Laidoner,_Johan, lk 122
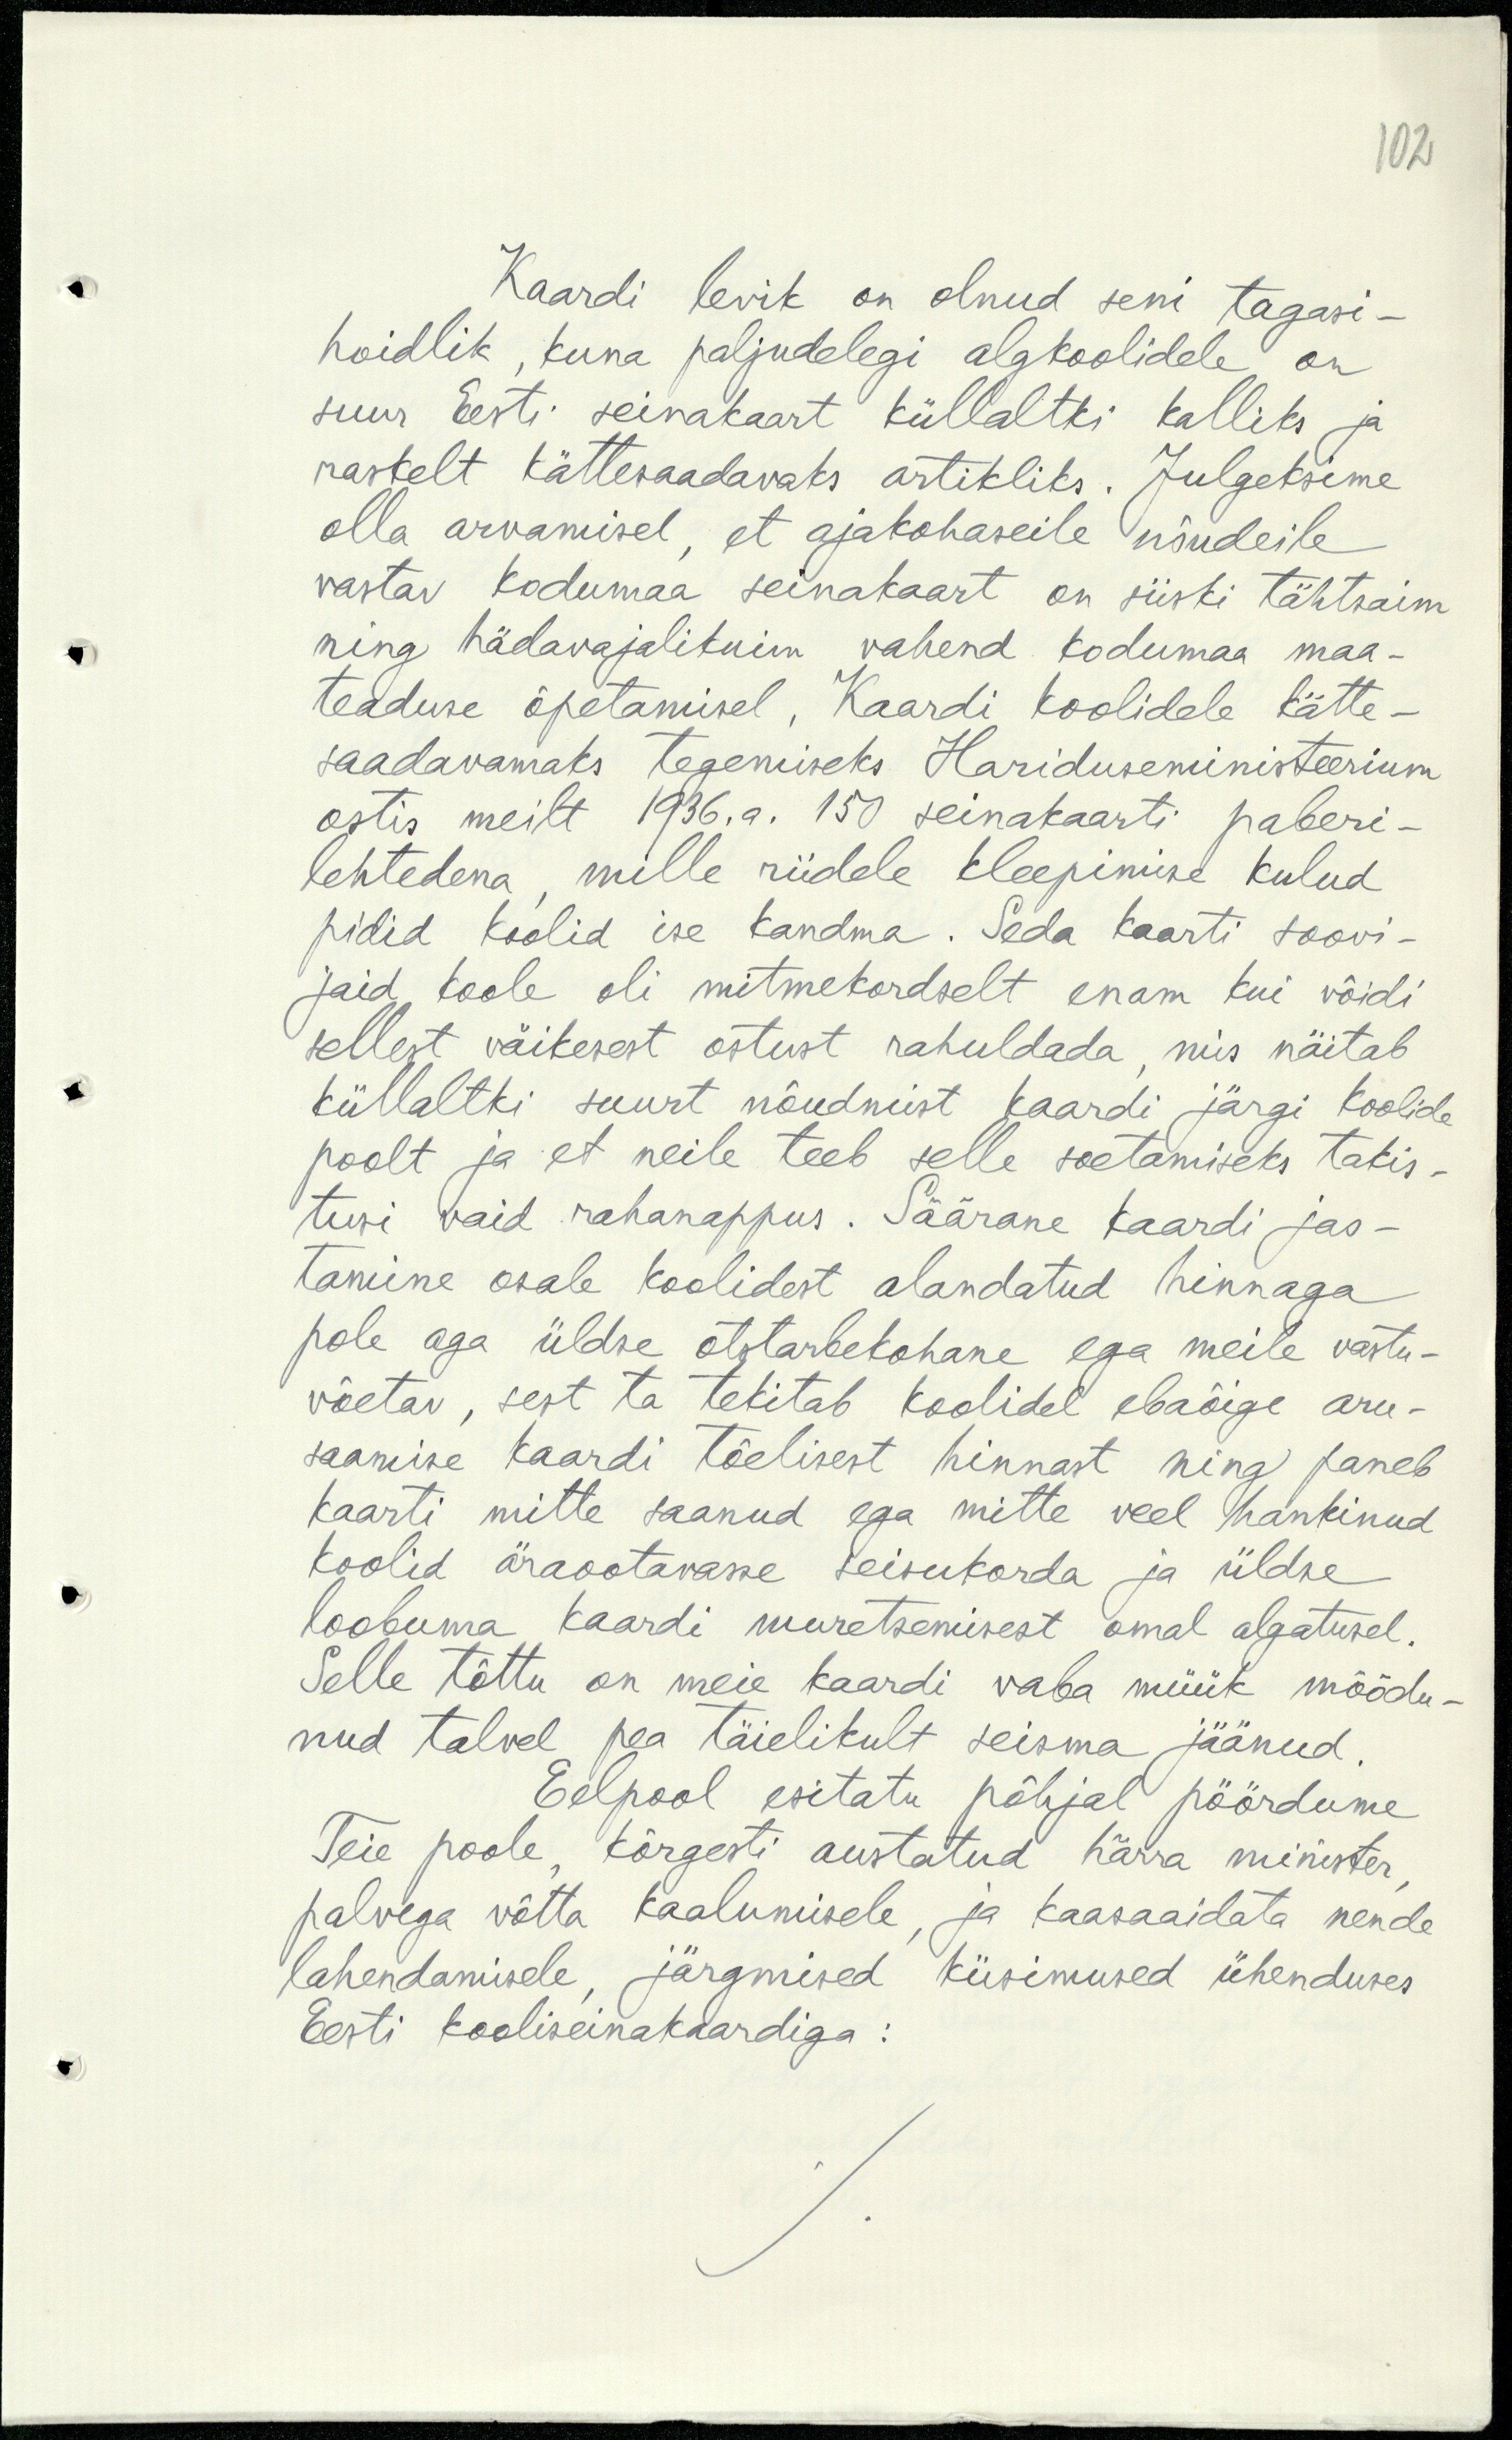
102

Kaardi levik on olnud seni tagasi-
hoidlik, kuna paljudelegi algkoolidele on
suur Eesti seinakaart küllaltki kalliks ja
raskelt kättesaadavaks artikliks. Julgeksime
olla arvamisel, et ajakohaseile nõudeile
vastav kodumaa seinakaart on siiski tähtsaim
ning hädavajalikuim vahend kodumaa maa-
teaduse õpetamisel. Kaardi koolidele kätte-
saadavamaks tegemiseks Hariduseministeerium
ostis meilt 1936. a. 150 seinakaarti paberi-
lehtedena, mille riidele kleepimise kulud
pidid koolid ise kandma. Seda kaarti soovi-
jaid koole oli mitmekordselt enam kui võidi
sellest väikesest ostust rahuldada, mis näitab
küllaltki suurt nõudmist kaardi järgi koolide
poolt ja et neile teeb selle soetamiseks takis-
tusi vaid rahanappus. Säärane kaardi jao-
tamine osale koolidest alandatud hinnaga
pole aga üldse otstarbekohane ega meile vastu-
võetav, sest ta tekitab koolidel ebaõige aru-
saamise kaardi tõelisest hinnast ning paneb
kaarti mitte saanud ega mitte veel hankinud
koolid äraootavasse seisukorda ja üldse
loobuma kaardi muretsemisest omal algatusel.
Selle tõttu on meie kaardi vaba müük möödu-
nud talvel pea täielikult seisma jäänud.
Eelpool esitatu põhjal pöördume
Teie poole, kõrgesti austatud härra minister
palvega võtta kaalumisele, ja kaasaaidata nende
lahendamisele, järgmised küsimused ühenduses
Eesti kooliseinakaardiga: